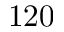
1 2 0